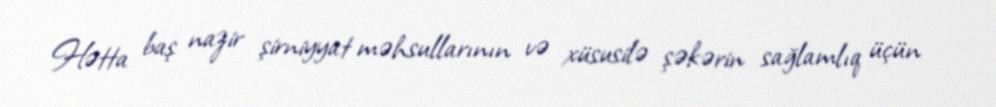
Hətta baş nazir şirniyyat məhsullarının və xüsusilə şəkərin sağlamlıq üçün